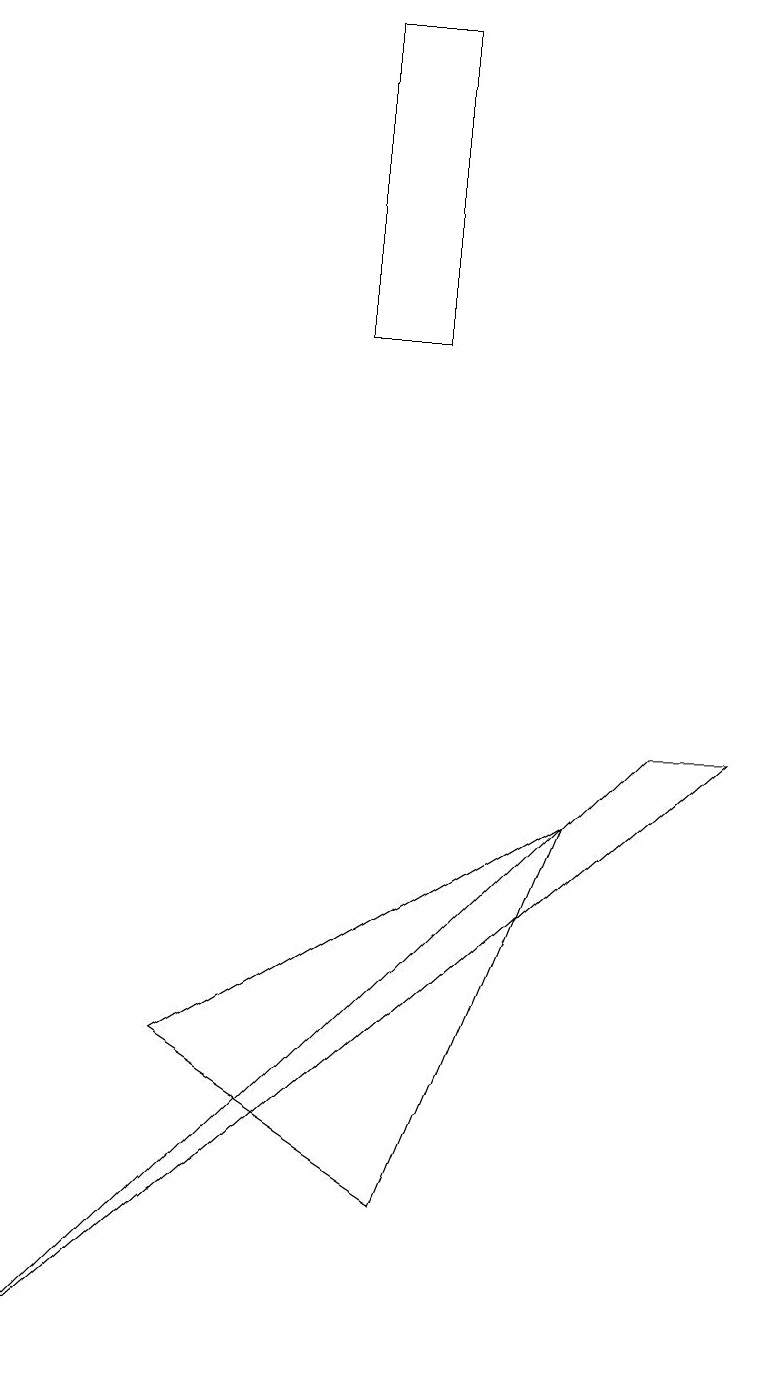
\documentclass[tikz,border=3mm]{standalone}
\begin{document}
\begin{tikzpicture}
\draw (5,18) rectangle (4,14);
\draw (0,1) -- (8,9) -- (9,9) -- cycle;
\draw (7,8) -- (5,3) -- (2,5) -- cycle;
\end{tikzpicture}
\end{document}